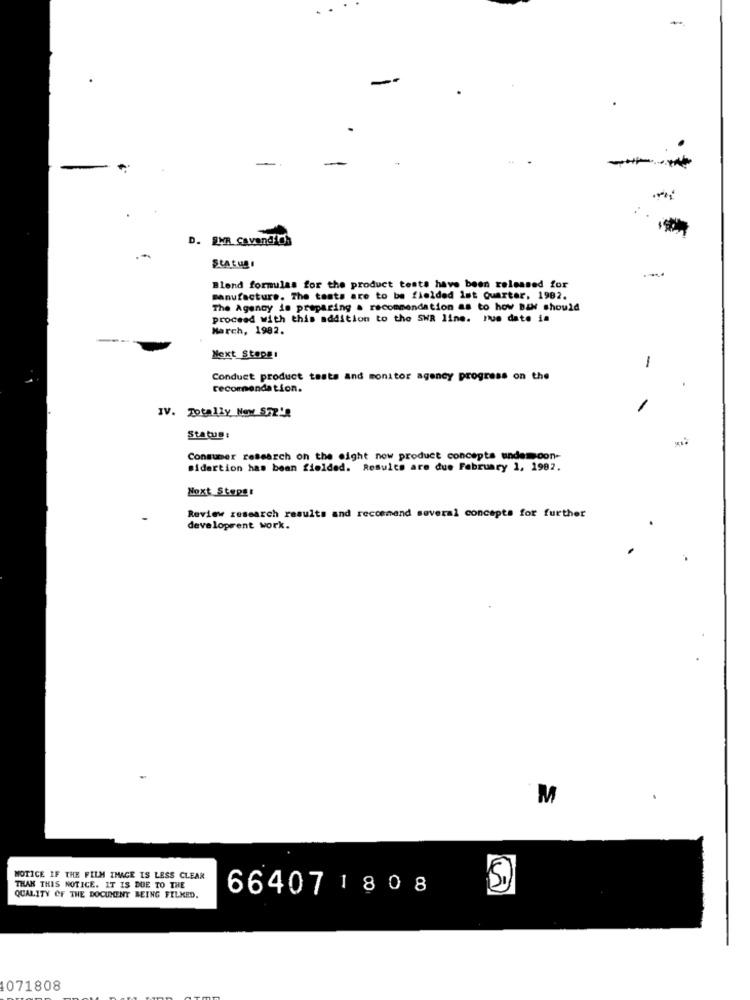
D. SWR Cavendish
Statugi
Blend formulas for the product tests have been released for
manufacture. The tests are to be fielded 1st Quarter, 1982.
The Agency is preparing . recommendation as to how B&W should
proceed with this addition to the SWR line. num date in
March, 1982.
Next Stepg:
1
Conduct product tests and monitor agency progress on the
recommendation.
IV. Totally Now S72'8
Status:
Consumer research on the eight now product concepts undemcon-
Bidertion has been fielded. Results are due February 1, 1982.
Next Steps:
Review research results and recommend several concepts for further
development work.
M
NOTICE IF THE FILM IMAGE IS LESS CLEAR
THAN THIS NOTICE. IT IS DUE TO THE
66407 1808
QUALITY OF THE DOCUMENT BEING FILKED.
1071808